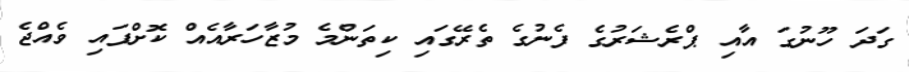
ގަދަ ހޫނުގަ އާއި ޕްރެޝަރުގެ ފެނުގެ ތެރޭގައި ކިތަންމެ މުޒާހަރާއެއް ކޮށްފައި ވެއްޖެ